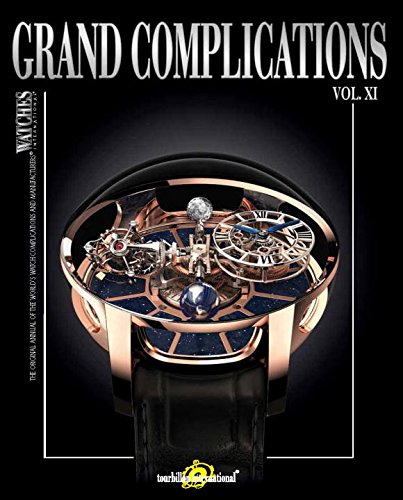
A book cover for Grand Complications Vol. XI: Special Astronomical Watch Edition; Tourbillon International; Crafts, Hobbies & Home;